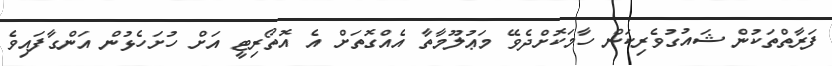
ފަރާތްތަކުން ޝައުގުވެރިކަން ހާމަކޮށްދެވޭ މަޢުލޫމާތާ އެއްގޮތަށް އެ އޮތޯރިޓީ އަށް ހުށަހެޅުން އަންގާފައިވެ